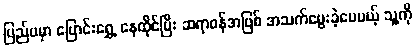
ပြည်ပမှာ ပြောင်းရွှေ့ နေထိုင်ပြီး ဆရာဝန်အဖြစ် အသက်မွေးခဲ့ပေမယ့် သူ့ကို